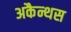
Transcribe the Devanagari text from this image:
अकैन्थस